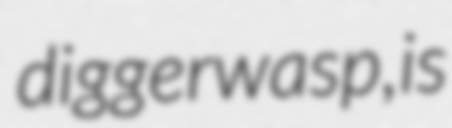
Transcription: digger wasp, is